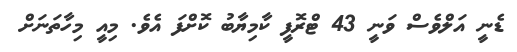
ޑެނީ އަލްވެސް ވަނީ 43 ޓްރޮފީ ކާމިޔާބު ކޮށްފަ އެވެ. މިއީ މިހާތަނަށް